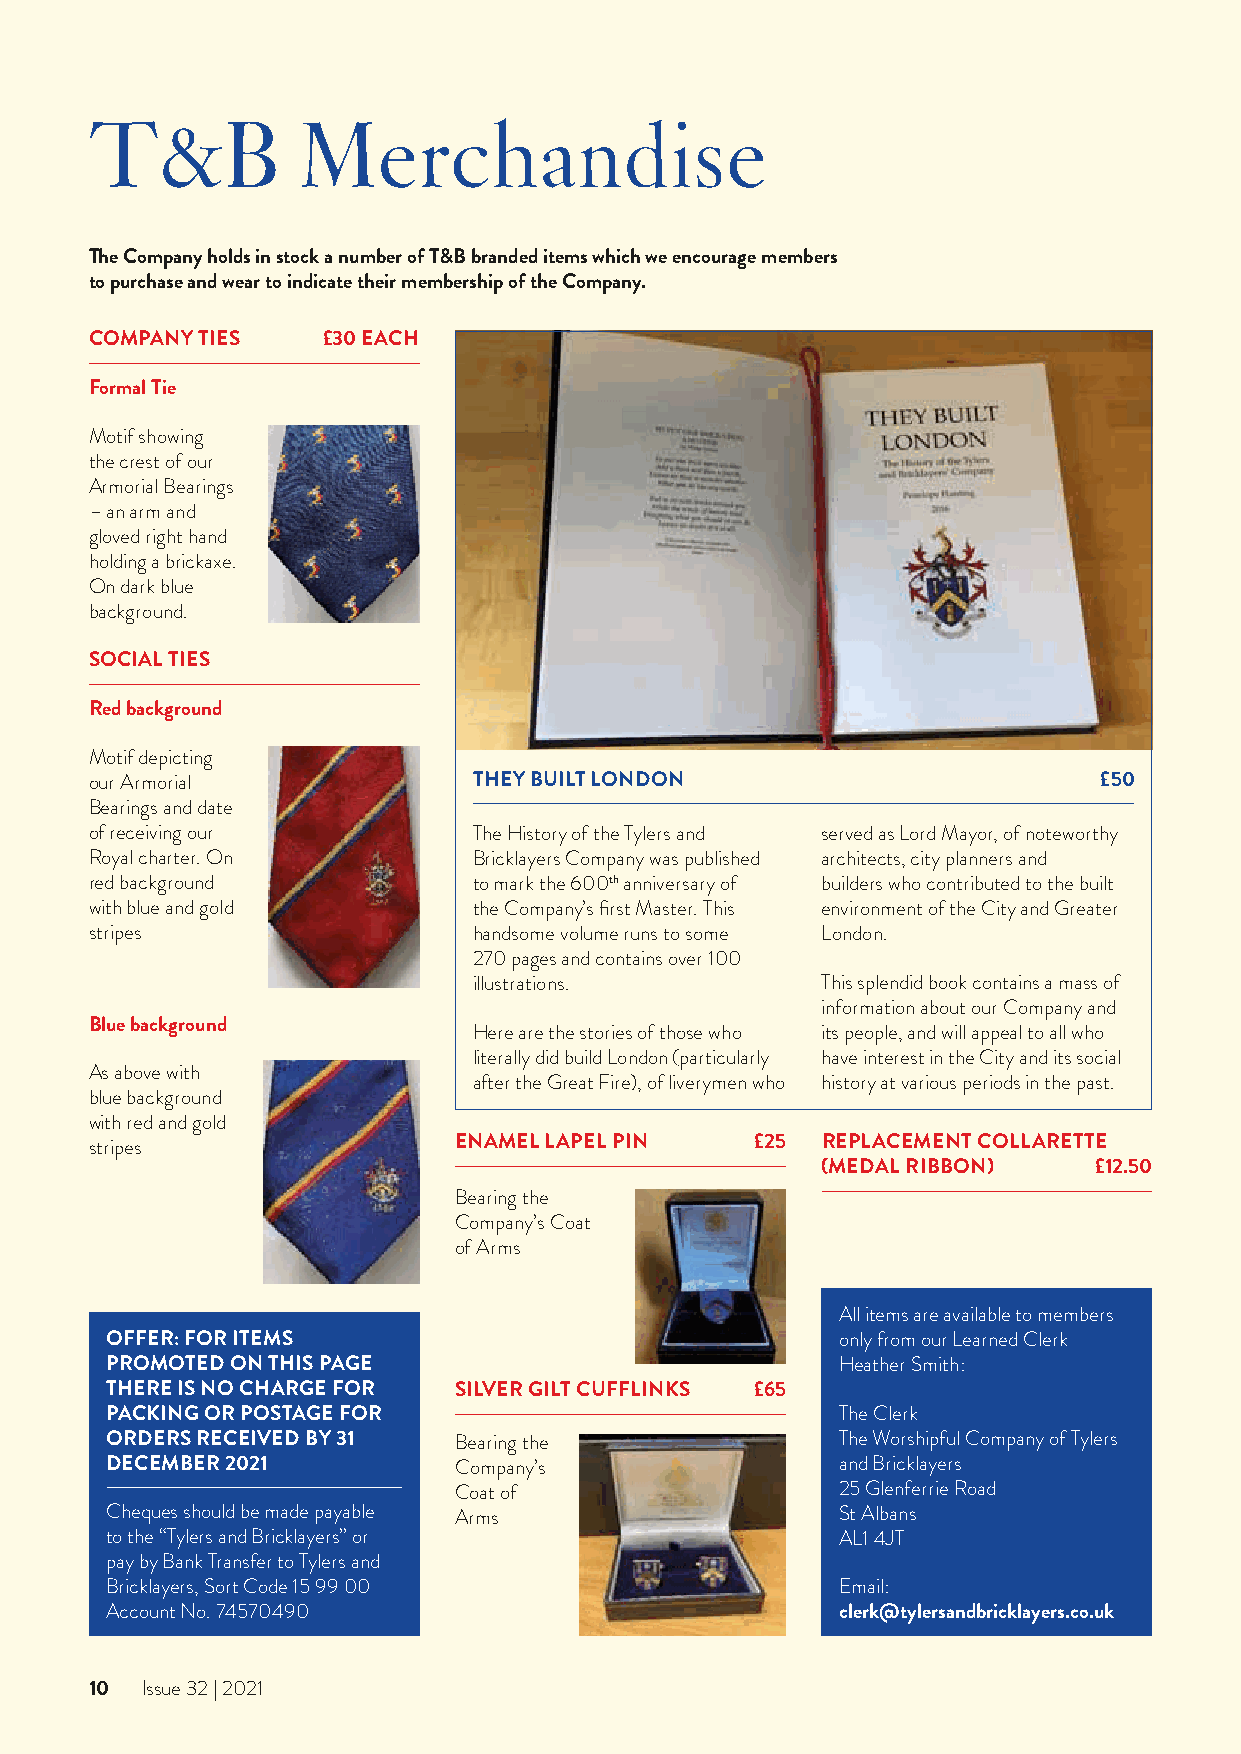
T&B           Merchandise
 The Company holds in stock a number of T&B branded items which we encourage members
 to purchase and wear to indicate their membership of the Company.
 COMPANY TIES   £30 EACH
 Formal Tie
 Motif showing
 the crest of our
 Armorial Bearings
 – an arm and
 gloved right hand
 holding a brickaxe.
 On dark blue
 background.
 SOCIAL TIES
 Red background
 Motif depicting
 our Armorial             THEY BUILT LONDON                         £50
 Bearings and date
 of receiving our         The History of the Tylers and served as Lord Mayor, of noteworthy
 Royal charter. On        Bricklayers Company was published architects, city planners and
 red background           to mark the 600th anniversary of builders who contributed to the built
 with blue and gold       the Company’s first Master. This environment of the City and Greater
 stripes                  handsome volume runs to some London.
 270 pages and contains over 100
 illustrations.         This splendid book contains a mass of
 information about our Company and
 Blue background
 Here are the stories of those who its people, and will appeal to all who
 literally did build London (particularly have interest in the City and its social
 As above with
 after the Great Fire), of liverymen who history at various periods in the past.
 blue background
 with red and gold
 ENAMEL LAPEL PIN    £25 REPLACEMENT COLLARETTE
 stripes
 (MEDAL RIBBON)    £12.50
 Bearing the
 Company’s Coat
 of Arms
 All items are available to members
 OFFER: FOR ITEMS                                 only from our Learned Clerk
 PROMOTED ON THIS PAGE                            Heather Smith:
 THERE IS NO CHARGE FOR SILVER GILT CUFFLINKS £65
 PACKING OR POSTAGE FOR                           The Clerk
 ORDERS RECEIVED BY 31  Bearing the               The Worshipful Company of Tylers
 DECEMBER 2021          Company’s                 and Bricklayers
 Coat of                   25 Glenferrie Road
 Cheques should be made payable Arms              St Albans
 to the “Tylers and Bricklayers” or               AL1 4JT
 pay by Bank Transfer to Tylers and
 Bricklayers, Sort Code 15 99 00                  Email:
 Account No. 74570490                             clerk@tylersandbricklayers.co.uk
 10 Issue 32 | 2021